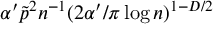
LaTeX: \alpha ^ { \prime } \tilde { p } ^ { 2 } n ^ { - 1 } ( 2 \alpha ^ { \prime } / \pi \log n ) ^ { 1 - D / 2 }